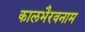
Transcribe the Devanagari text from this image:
कालभैरवनाम